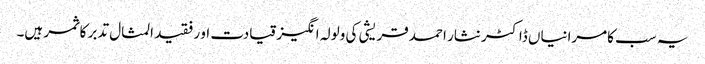
یہ سب کامرانیاں ڈاکٹر نثار احمد قریشی کی ولولہ انگیز قیادت او رفقید المثال تدبر کا ثمر ہیں۔